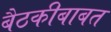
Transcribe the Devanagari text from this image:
बैठकीबाबत